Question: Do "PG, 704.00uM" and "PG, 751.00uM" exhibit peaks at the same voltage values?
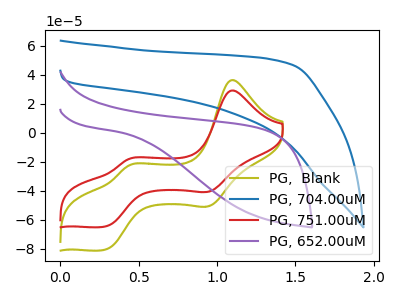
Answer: <think>The olive curve "PG,  Blank" has anodic peaks at (1.10V, 36.25uA) (0.45V, -22.70uA) and cathodic peaks at (0.95V, -50.35uA) (0.30V, -80.70uA). The blue curve "PG, 704.00uM" has no peaks. The red curve "PG, 751.00uM" has anodic peaks at (1.10V, 29.10uA) (0.45V, -18.20uA) and cathodic peaks at (0.95V, -40.40uA) (0.30V, -64.70uA). The purple curve "PG, 652.00uM" has no peaks.</think>
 <answer>No, "PG, 704.00uM" and "PG, 751.00uM" have a different number of peaks.</answer>
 <eval>different_amount</eval>